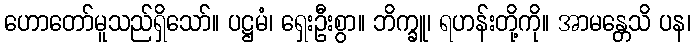
ဟောတော်မူသည်ရှိသော်။ ပဋ္ဌမံ၊ ရှေးဦးစွာ။ ဘိက္ခူ၊ ရဟန်းတို့ကို။ အာမန္တေသိ ပန၊